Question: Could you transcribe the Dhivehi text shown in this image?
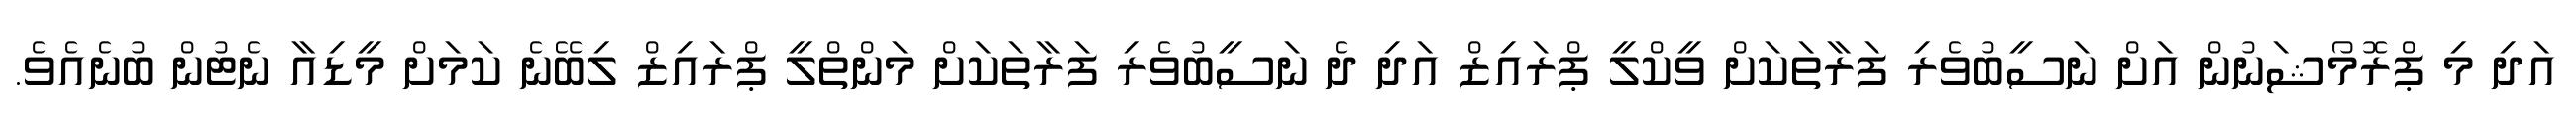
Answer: އަދި މި ޕްރޮމޯޝަނުން އަށް ނަސީބުވެރި ފަރާތަކަށް ވީކްލީ ޕްރައިޒް އަދި ދެ ނަސީބުވެރި ފަރާތަކަށް މަންތްލީ ޕްރައިޒް ލިބޭނެ ކަމަށް މީޑިއާ ނެޓުން ބުނެއެވެ.